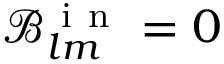
\mathcal { B } _ { l m } ^ { \mathrm { ~ i ~ n ~ } } = 0